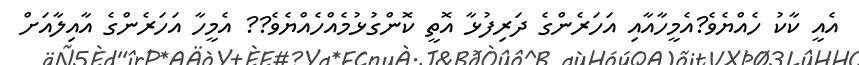
އެއީ ކާކު ހެއްޔެވެ?އެމީހާއާއި އަހަރެންގެ ދަރިފުޅާ އޮތީ ކޮންގުޅުމެއްހެއްޔެވެ?? އެމީހާ އަހަރެންގެ އާއިލާއަށް